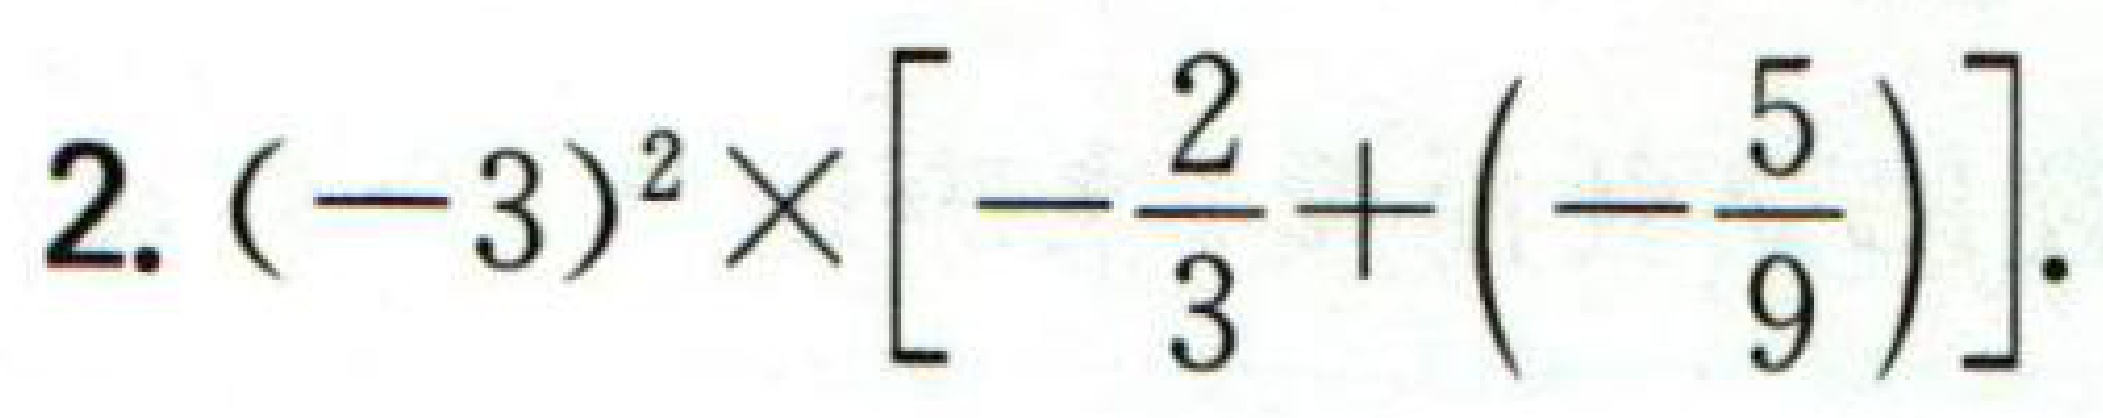
$2.(-3)^{2}\times\left[-\frac{2}{3}+\left(-\frac{5}{9}\right)\right].$